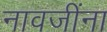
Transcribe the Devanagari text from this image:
नावजींना